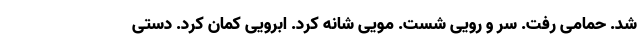
شد. حمامی رفت. سر و رویی شست. مویی شانه کرد. ابرویی کمان کرد. دستی